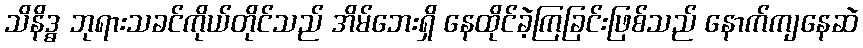
သိနိဒ္ဓ ဘုရားသခင်ကိုယ်တိုင်သည် အိမ်ဘေးရှိ နေထိုင်ခဲ့ကြခြင်းဖြစ်သည် နောက်ကျနေဆဲ